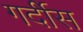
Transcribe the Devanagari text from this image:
गर्दीस